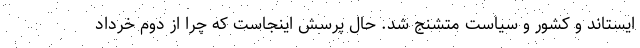
ایستاند و کشور و سیاست متشنج شد. حال پرسش اینجاست که چرا از دوم خرداد